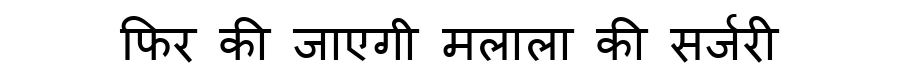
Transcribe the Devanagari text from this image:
फिर की जाएगी मलाला की सर्जरी